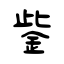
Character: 鈭